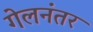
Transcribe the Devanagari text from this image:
गेलनंतर